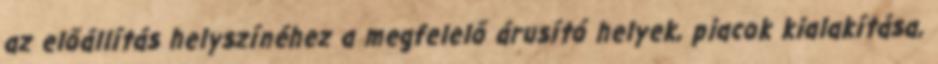
az előállítás helyszínéhez a megfelelő árusító helyek, piacok kialakítása,